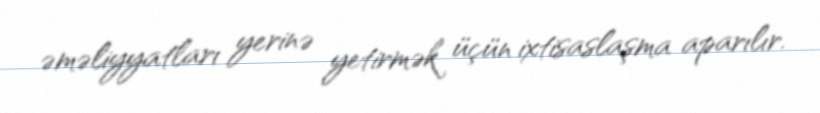
əməliyyatları yerinə yetirmək üçün ixtisaslaşma aparılır.